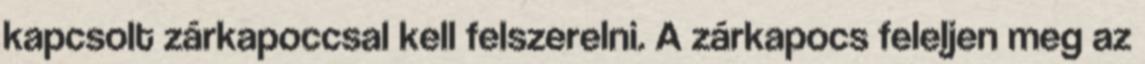
kapcsolt zárkapoccsal kell felszerelni. A zárkapocs feleljen meg az